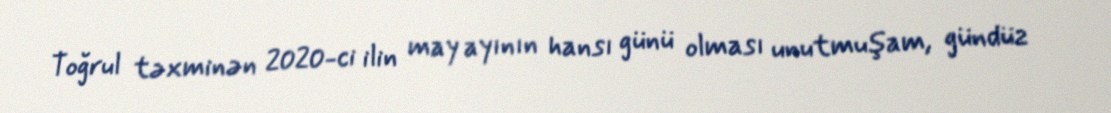
Toğrul təxminən 2020-ci ilin may ayının hansı günü olması unutmuşam, gündüz